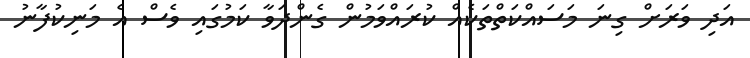
އަދި ވަރަށް ގިނަ މަސައްކަތްތަކެއް ކުރައްވަމުން ގެންދަވާ ކަމުގައި ވެސް އެ މަނިކުފާނު